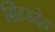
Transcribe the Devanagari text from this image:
सिंहडदेव